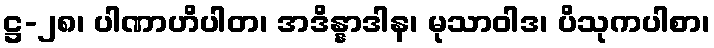
ဋ္ဌ-၂၈၊ ပါဏာဟိပါတ၊ အဒိန္နာဒါန၊ မုသာဝါဒ၊ ပိသုကပါစာ၊